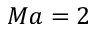
M a = 2